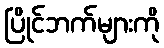
ပြိုင်ဘက်များကို